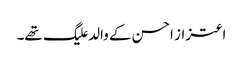
اعتزاز احسن کے والد علیگ تھے۔